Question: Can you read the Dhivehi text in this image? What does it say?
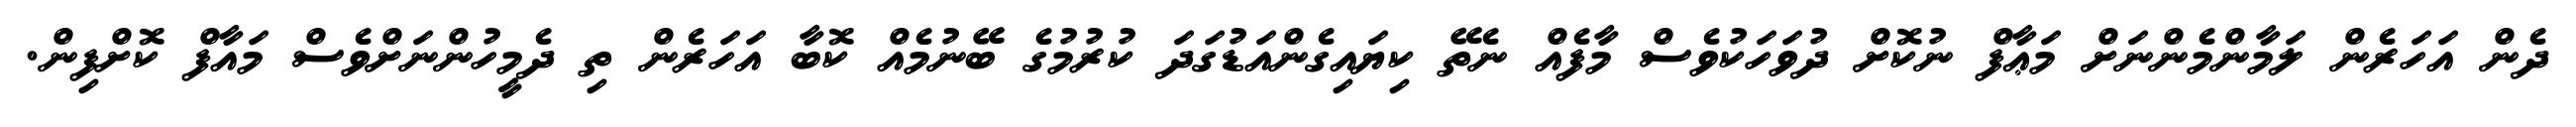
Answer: ދެން އަހަރެން ލަމާންމެންނަށް މަޢާފް ނުކޮށް ދުވަހަކުވެސް މާފެއް ނެތޭ ކިޔައިގެންއަޑުގަދަ ކުރުމުގެ ބޭނުމެއް ކޮބާ އަހަރެން ތި ދެމީހުންނަށްވެސް މައާފް ކޮށްފިން.